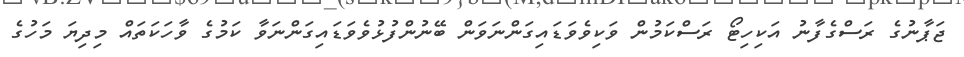
ޖަޕާނުގެ ރަސްގެފާނު އަކިހިޓޯ ރަސްކަމުން ވަކިވެވަޑައިގަންނަވަން ބޭނުންފުޅުވެވަޑައިގަންނަވާ ކަމުގެ ވާހަކަތައް މިދިޔަ މަހުގެ